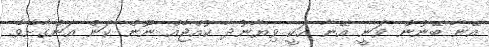
އޭނާ ބޭނުން ވަނީ އޭނާ އަކީ ވިޔާނުދާ ކުއްޖެއް ނޫން ކަން އަންގާށެވެ.